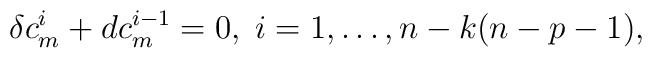
\delta c_m^i + d c_m^{i-1} = 0, \; i= 1, \dots, n- k(n-p-1),